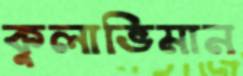
কুলাভিমান